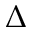
\Delta